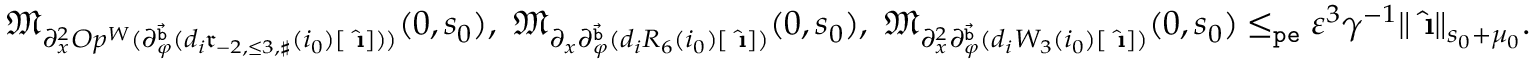
\begin{array} { r } { \mathfrak { M } _ { \partial _ { x } ^ { 2 } O p ^ { W } ( \partial _ { \varphi } ^ { \vec { \mathtt { b } } } ( d _ { i } \mathfrak { r } _ { - 2 , \le 3 , \sharp } ( i _ { 0 } ) [ \hat { \textbf { \i } } ] ) ) } ( 0 , s _ { 0 } ) , \ \mathfrak { M } _ { \partial _ { x } \partial _ { \varphi } ^ { \vec { \mathtt { b } } } ( d _ { i } R _ { 6 } ( i _ { 0 } ) [ \hat { \textbf { \i } } ] ) } ( 0 , s _ { 0 } ) , \ \mathfrak { M } _ { \partial _ { x } ^ { 2 } \partial _ { \varphi } ^ { \vec { \mathtt { b } } } ( d _ { i } W _ { 3 } ( i _ { 0 } ) [ \hat { \textbf { \i } } ] ) } ( 0 , s _ { 0 } ) \le _ { \mathtt { p e } } \varepsilon ^ { 3 } \gamma ^ { - 1 } \rVert \hat { \textbf { \i } } \rVert _ { s _ { 0 } + \mu _ { 0 } } . } \end{array}